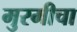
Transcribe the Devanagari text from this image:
मुरमीचा